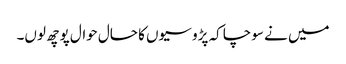
میں نے سوچا کہ پڑوسیوں کا حال حوال پوچھ لوں۔